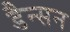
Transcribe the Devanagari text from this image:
डैन्सन